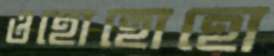
ওহোহোহো